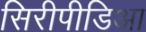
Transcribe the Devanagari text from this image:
सिरीपीडिआ